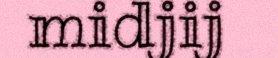
midjij